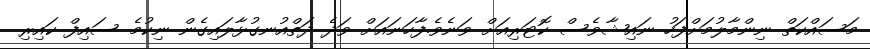
މަސައްކަތް ނިންމާލުމަށްފަހު ނަައިޝާވެސް ކޮޓަރިއަށް ވަނެވެ.ފާހަނައަށް ވަދެ ދަތްއުނގުޅާލައިގެން ނިކުމެ ސައިފް ކައިރި